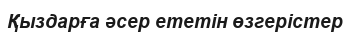
Қыздарға әсер ететін өзгерістер